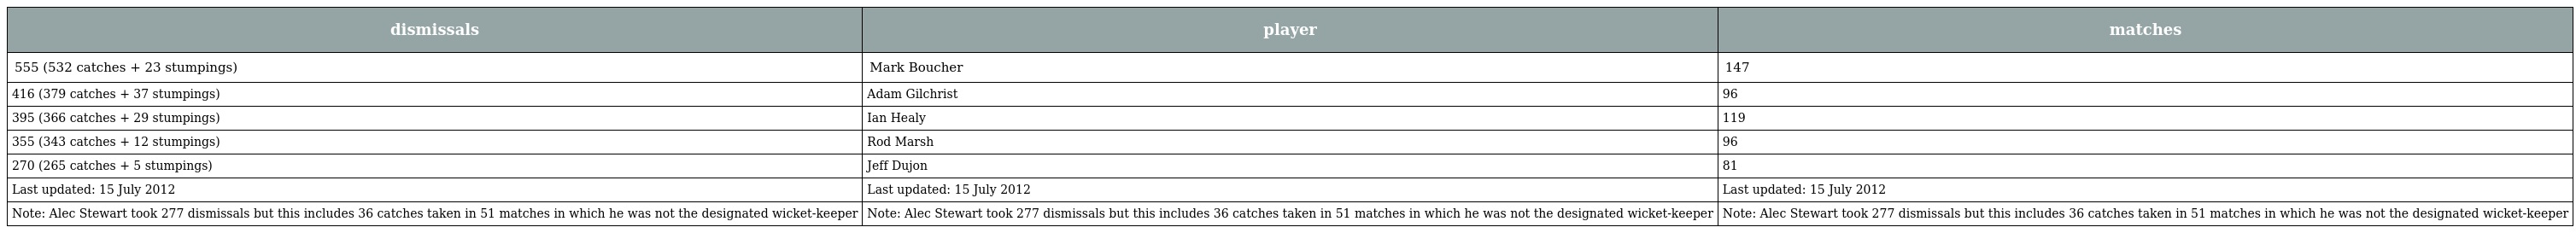
| dismissals | player | matches |
 | --- | --- | --- |
 | 555 (532 catches + 23 stumpings) | Mark Boucher | 147 |
 | 416 (379 catches + 37 stumpings) | Adam Gilchrist | 96 |
 | 395 (366 catches + 29 stumpings) | Ian Healy | 119 |
 | 355 (343 catches + 12 stumpings) | Rod Marsh | 96 |
 | 270 (265 catches + 5 stumpings) | Jeff Dujon | 81 |
 | Last updated: 15 July 2012 | Last updated: 15 July 2012 | Last updated: 15 July 2012 |
 | Note: Alec Stewart took 277 dismissals but this includes 36 catches taken in 51 matches in which he was not the designated wicket-keeper | Note: Alec Stewart took 277 dismissals but this includes 36 catches taken in 51 matches in which he was not the designated wicket-keeper | Note: Alec Stewart took 277 dismissals but this includes 36 catches taken in 51 matches in which he was not the designated wicket-keeper |